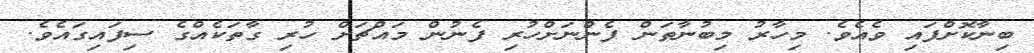
ބިނާކޮށްފައި ވެއެވެ. މިހާރު މިބުނާތަން ފެންނަށްހުރި ފެނުން މައްޗަށް ހުރި ގާތަކެއްގެ ސިފައިގައެވެ.